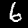
Digit: 6